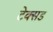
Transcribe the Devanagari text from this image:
टेक्सड